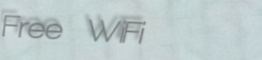
Free WiFi